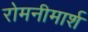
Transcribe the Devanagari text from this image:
रोमनीमार्श